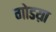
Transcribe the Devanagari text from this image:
गोडय़ा